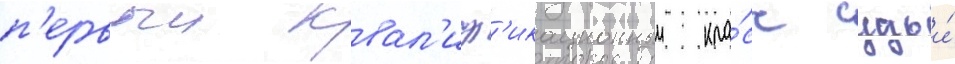
п'ервыи квал'иф'икационныи кла́сс судьи́